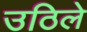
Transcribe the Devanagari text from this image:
उठिले